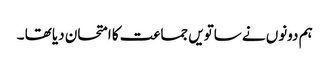
ہم دونوں نے ساتویں جماعت کا امتحان دیا تھا ۔